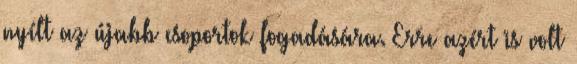
nyílt az újabb csoportok fogadására. Erre azért is volt